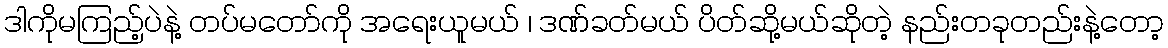
ဒါကိုမကြည့်ပဲနဲ့ တပ်မတော်ကို အရေးယူမယ် ၊ ဒဏ်ခတ်မယ် ပိတ်ဆို့မယ်ဆိုတဲ့ နည်းတခုတည်းနဲ့တော့